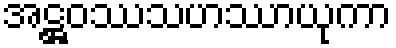
အဋ္ဌဝဿသဟဿာယုကာ